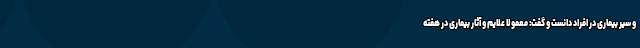
و سیر بیماری در افراد دانست و گفت: معمولا علایم و آثار بیماری در هفته